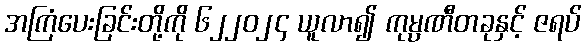
အကြံပေးခြင်းတို့ကို ၆၂၂၀၂၄ ယူလာ၍ ကုမ္ပဏီတခုနှင့် ဇရပ်